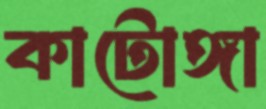
কাটোঙ্গা